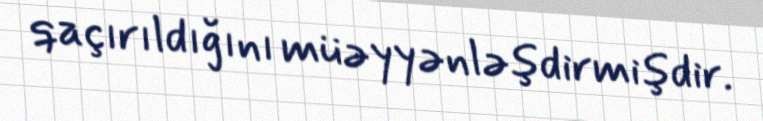
qaçırıldığını müəyyənləşdirmişdir.